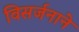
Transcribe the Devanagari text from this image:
विसर्जनाने